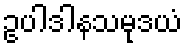
ဥပါဒါနသမုဒယံ